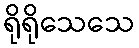
ရိုရိုသေသေ